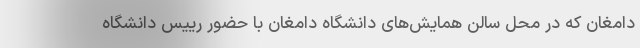
دامغان که در محل سالن همایش‌های دانشگاه دامغان با حضور رییس دانشگاه